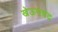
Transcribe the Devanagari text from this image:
खेऊणचंद्र